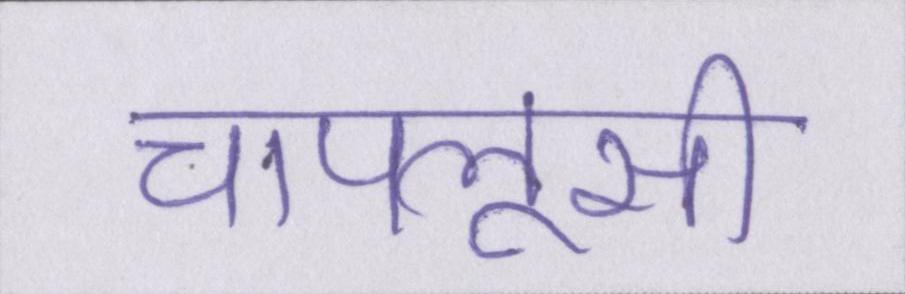
चापलूसी